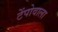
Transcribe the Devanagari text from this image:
टेंपोवाला